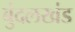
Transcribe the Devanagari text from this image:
बुंदलखंड